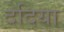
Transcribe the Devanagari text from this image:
देदिया